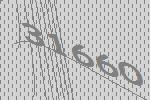
31660